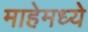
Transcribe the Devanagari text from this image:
माहेमध्ये